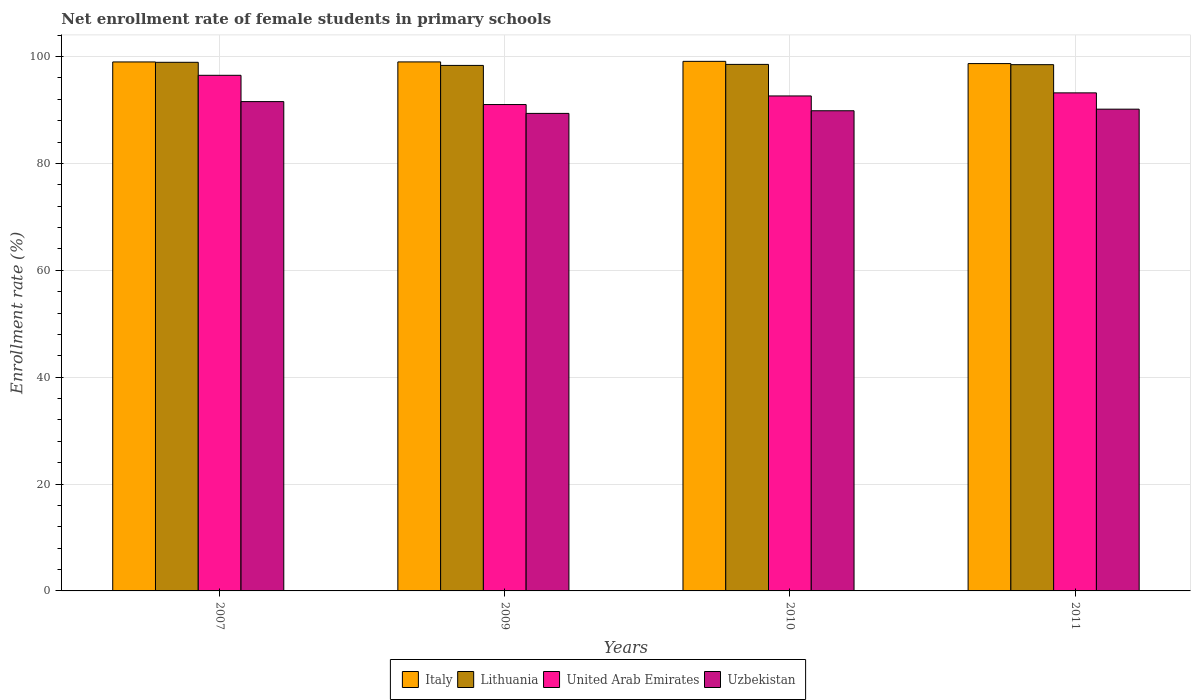
| Years | Italy | Lithuania | United Arab Emirates | Uzbekistan |
 | --- | --- | --- | --- | --- |
 | 2007 | 99 | 98.9 | 96.5 | 91.6 |
 | 2009 | 99 | 98.4 | 91 | 89.4 |
 | 2010 | 99.1 | 98.5 | 92.6 | 89.9 |
 | 2011 | 98.7 | 98.5 | 93.2 | 90.2 |